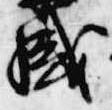
盛